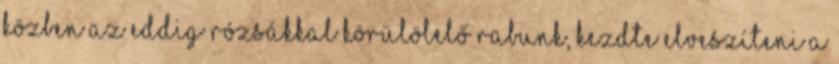
közben az eddig rózsákkal körülölelő rabunk, kezdte elveszíteni a